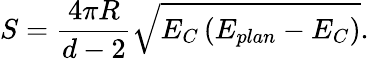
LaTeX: S=\frac{4\pi R}{d-2}\sqrt{E_{C}\left(E_{plan}-E_{C}\right)}.